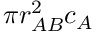
\pi r _ { A B } ^ { 2 } c _ { A }